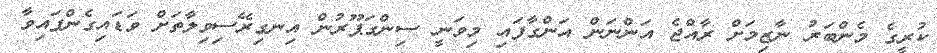
ކުރީގެ މެންބަރު ނާޒިމަށް ރާއްޖެ އަންނަން އަންގާފައި މިވަނީ ސިންގަޕޫރުން އިނގިރޭސިވިލާތަށް ވަޑައިގެންފައިވާ